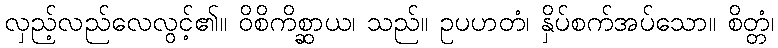
လှည့်လည်လေလွင့်၏။ ဝိစိကိစ္ဆာယ၊ သည်။ ဥပဟတံ၊ နှိပ်စက်အပ်သော။ စိတ္တံ၊